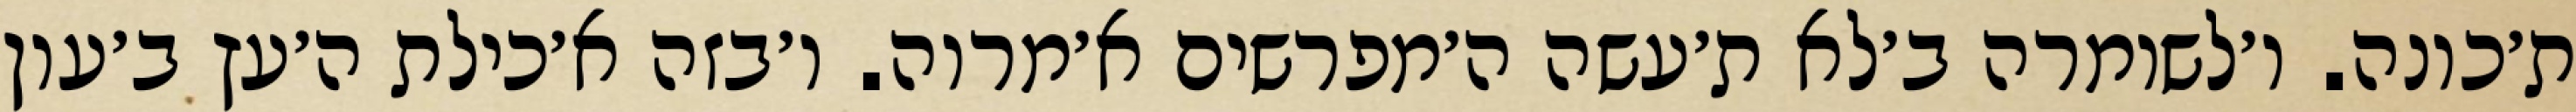
ת׳כונה. ו׳לשומרה ב׳לא ת׳עשה ה׳מפרשים א׳מרוה. ו׳בזה א׳כילת ה׳עץ ב׳עון